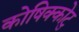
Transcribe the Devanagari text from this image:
कोषिक्कोटु